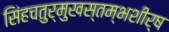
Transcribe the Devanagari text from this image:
सिंहचतुर्मुखस्तम्भशीर्ष